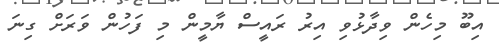
އިބޫ މިހެން ވިދާޅުވި އިރު ރައީސް ޔާމީން މި ފަހުން ވަރަށް ގިނަ